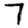
Digit: 7